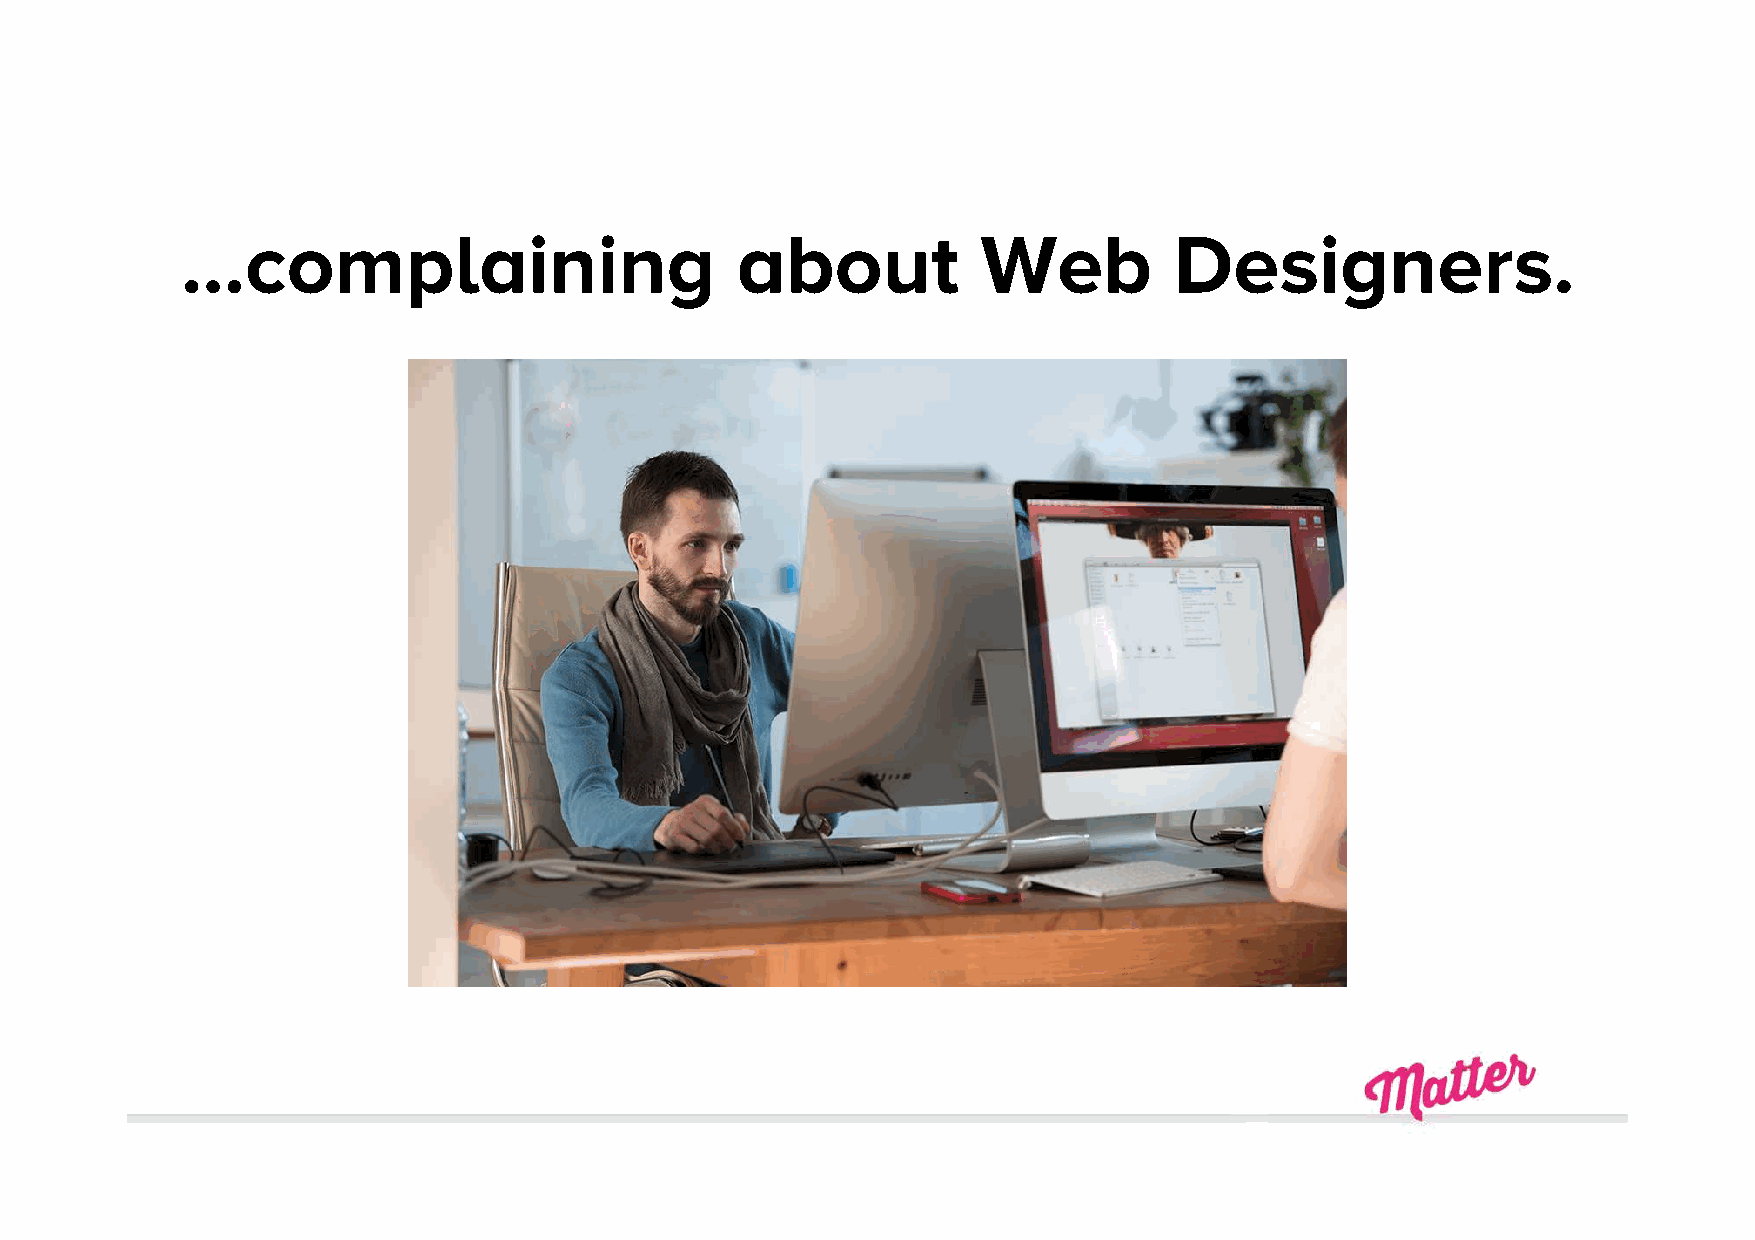
…complaining                         about           Web          Designers.